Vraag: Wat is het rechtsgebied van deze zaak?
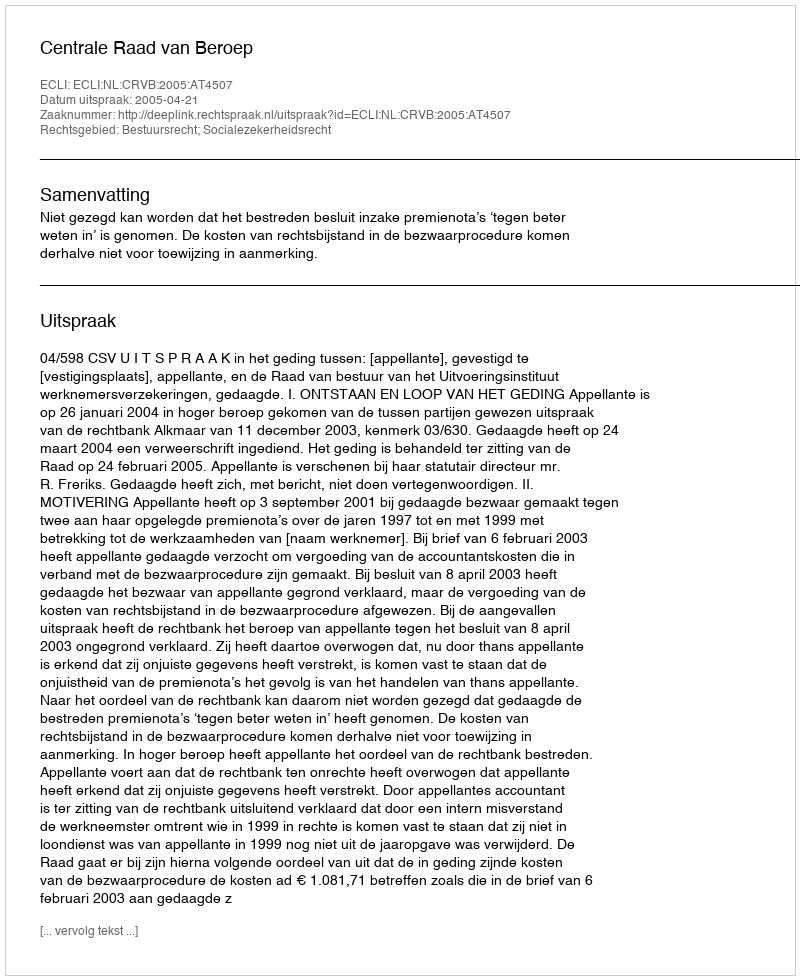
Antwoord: Bestuursrecht; Socialezekerheidsrecht